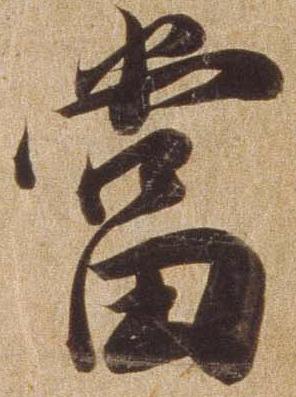
当